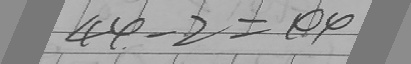
4 4 - 2 = 4 4